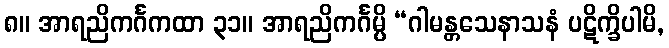
၈။ အာရညိကင်္ဂကထာ ၃၁။ အာရညိကင်္ဂမ္ပိ “ဂါမန္တသေနာသနံ ပဋိက္ခိပါမိ,